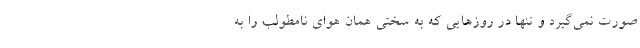
صورت نمی‌گیرد و تنها در روزهایی که به سختی همان هوای نامطولب را به